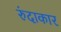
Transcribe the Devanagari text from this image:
रुंदाकार